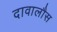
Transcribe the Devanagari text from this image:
दावालौस